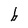
Character: b